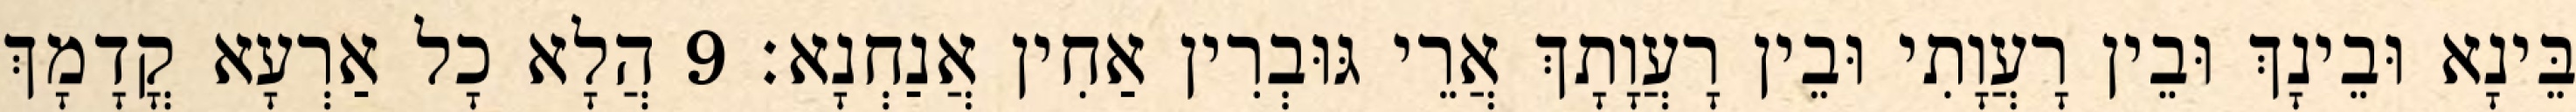
בֵּינָא וּבֵינָךְ וּבֵין רָעֲוָתִי וּבֵין רָעֲוָתָךְ אֲרֵי גּוּבְרִין אַחִין אֲנַחְנָא׃ 9 הֲלָא כָל אַרְעָא קֳדָמָךְ